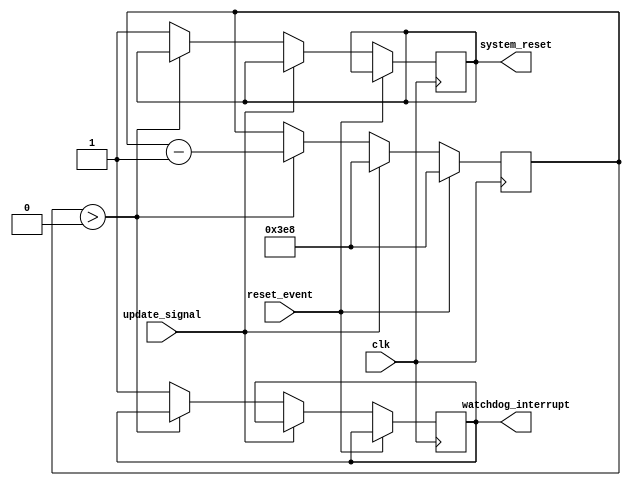
module Watchdog_timer (
    input wire clk,               // Clock signal
    input wire update_signal,     // Signal to update the timer
    input wire reset_event,       // Event signal to reset the timer
    output reg watchdog_interrupt, // Output interrupt signal
    output reg system_reset       // Output system reset signal
);

parameter MAX_COUNT = 1000;      // Preset value for the timer counter

reg [9:0] counter;               // Timer counter

always @(posedge clk) begin
    if (reset_event) begin
        counter <= MAX_COUNT;    // Reset the counter when reset event occurs
    end else begin
        if (update_signal) begin
            counter <= MAX_COUNT; // Update the counter value
        end else begin
            if (counter > 0) begin
                counter <= counter - 1; // Decrement the counter value
            end else begin
                watchdog_interrupt <= 1; // Generate interrupt when counter reaches zero
                system_reset <= 1;       // Reset the system when counter reaches zero
            end
        end
    end
end

endmodule